Scottish Certificate of Education, 1963
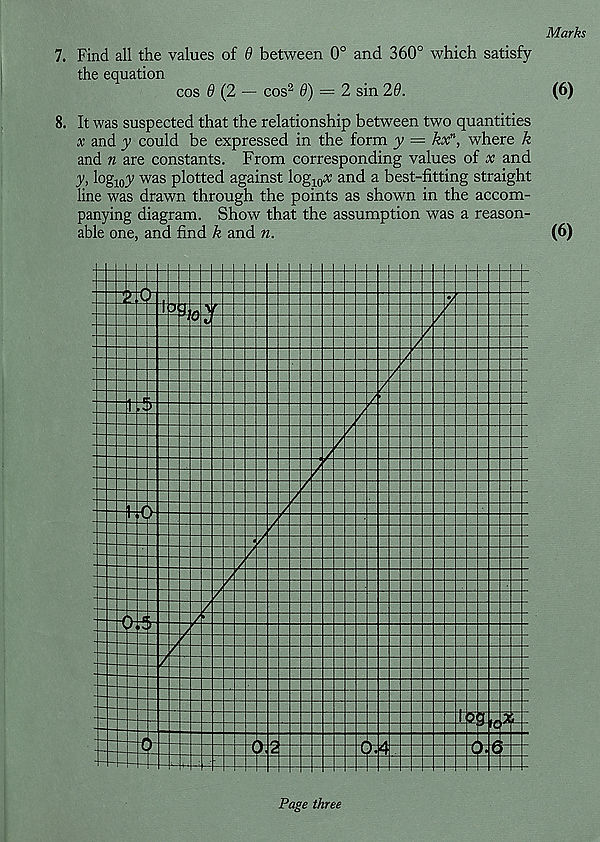
Marks
7. Find all the values of 8 between 0° and 360° which satisfy
the equation
cos 8 (2 — cos 2 8) = 2 sin 28.
(6)
8. It was suspected that the relationship between two quantities
x and y could be expressed in the form y = kx n , where k
and n are constants. From corresponding values of x and
y, log 10 y was plotted against log 10 x and a best-fitting straight
line was drawn through the points as shown in the accom-
panying diagram. Show that the assumption was a reason-
able one, and find k and n.
(6)
Page three